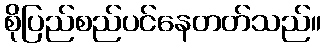
စိုပြည်စည်ပင်နေတတ်သည်။